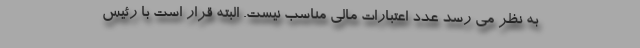
به نظر می رسد عدد اعتبارات مالی مناسب نیست. البته قرار است با رئیس